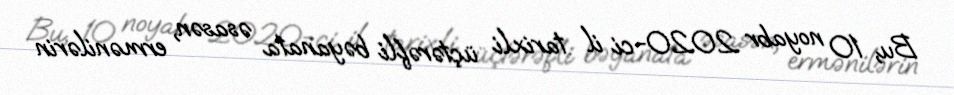
Bu, 10 noyabr 2020-ci il tarixli üçtərəfli bəyanata əsasən, ermənilərin